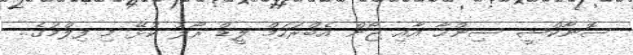
ސޮނާކްޝީ ސިންހާ އާއި ޖޯން އެބްރަހަމް ލީޑް ރޯލު ކުޅޭ މި ފިލްމުގެ..